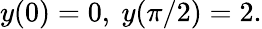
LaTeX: y(0)=0,\ y(\pi/2)=2.